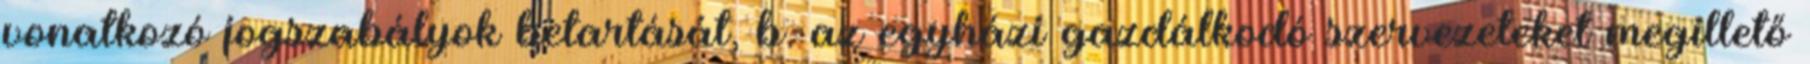
vonatkozó jogszabályok betartását, b. az egyházi gazdálkodó szervezeteket megillető